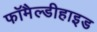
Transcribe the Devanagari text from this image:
फॉमैल्डीहाइड